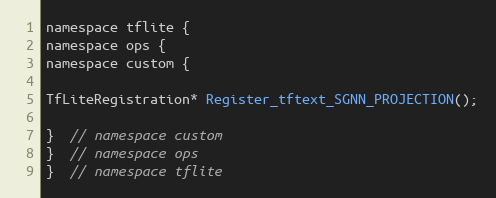
Language: C
namespace tflite {
namespace ops {
namespace custom {

TfLiteRegistration* Register_tftext_SGNN_PROJECTION();

}  // namespace custom
}  // namespace ops
}  // namespace tflite